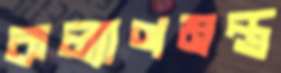
কল্যাণমন্ত্র